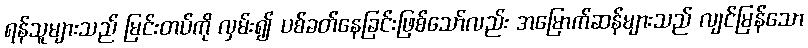
ရန်သူများသည် မြင်းတပ်ကို လှမ်း၍ ပစ်ခတ်နေခြင်းဖြစ်သော်လည်း အမြောက်ဆန်များသည် လျင်မြန်သော